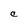
Character: C